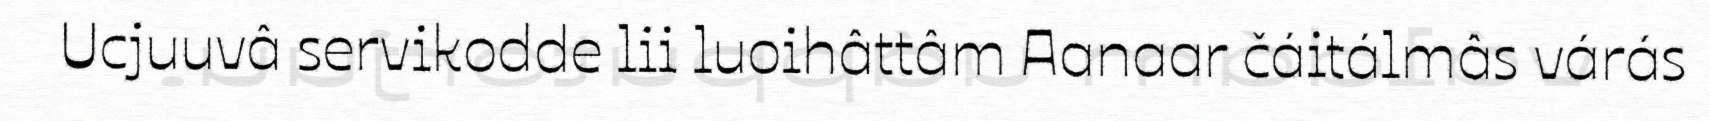
Ucjuuvâ servikodde lii luoihâttâm Aanaar čáitálmâs várás